Plague in India, 1896, 1897 - Volume 2
Year: 1896
Disease focus: Plague
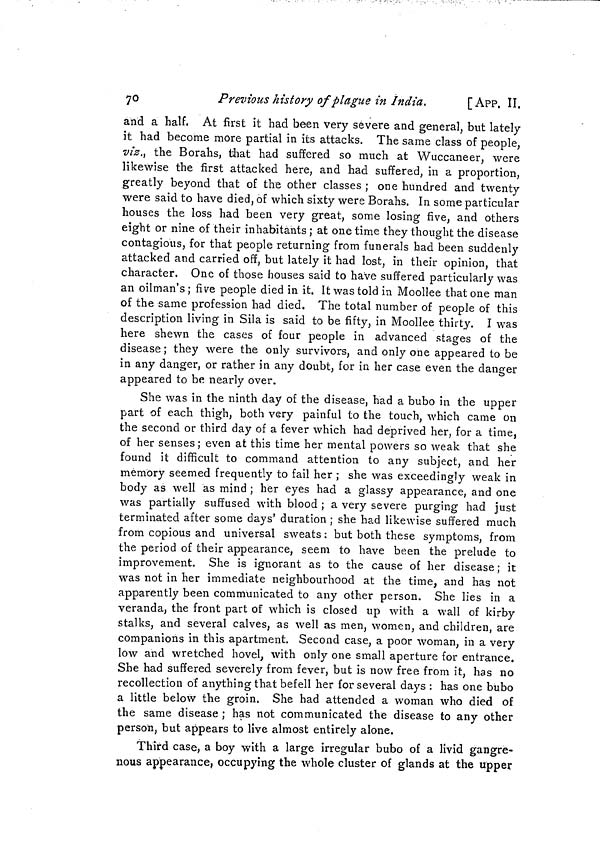
70
Previous history of plague in India.
[App. II.
and a half. At first it had been very severe and general, but lately
it had become more partial in its attacks. The same class of people,
viz., the Borahs, that had suffered so much at Wuccaneer, were
likewise the first attacked here, and had suffered, in a proportion,
greatly beyond that of the other classes ; one hundred and twenty
were said to have died, of which sixty were Borahs. In some particular
houses the loss had been very great, some losing five, and others
eight or nine of their inhabitants ; at one time they thought the disease
contagious, for that people returning from funerals had been suddenly
attacked and carried off, but lately it had lost, in their opinion, that
character. One of those houses said to have suffered particularly was
an oilman's; five people died in it. It was told in Moollee that one man
of the same profession had died. The total number of people of this
description living in Sila is said to be fifty, in Moollee thirty. I was
here shewn the cases of four people in advanced stages of the
disease ; they were the only survivors, and only one appeared to be
in any danger, or rather in any doubt, for in her case even the danger
appeared to be nearly over.
She was in the ninth day of the disease, had a bubo in the upper
part of each thigh, both very painful to the touch, which came on
the second or third day of a fever which had deprived her, for a time,
of her senses ; even at this time her mental powers so weak that she
found it difficult to command attention to any subject, and her
memory seemed frequently to fail her ; she was exceedingly weak in
body as well as mind ; her eyes had a glassy appearance, and one
was partially suffused with blood ; a very severe purging had just
terminated after some days' duration ; she had likewise suffered much
from copious and universal sweats : but both these symptoms, from
the period of their appearance, seem to have been the prelude to
improvement. She is ignorant as to the cause of her disease ; it
was not in her immediate neighbourhood at the time, and has not
apparently been communicated to any other person. She lies in a
veranda, the front part of which is closed up with a wall of kirby
stalks, and several calves, as well as men, women, and children, are
companions in this apartment. Second case, a poor woman, in a very
low and wretched hovel, with only one small aperture for entrance.
She had suffered severely from fever, but is now free from it, has no
recollection of anything that befell her for several days : has one bubo
a little below the groin. She had attended a woman who died of
the same disease ; has not communicated the disease to any other
person, but appears to live almost entirely alone.
Third case, a boy with a large irregular bubo of a livid gangre-
nous appearance, occupying the whole cluster of glands at the upper